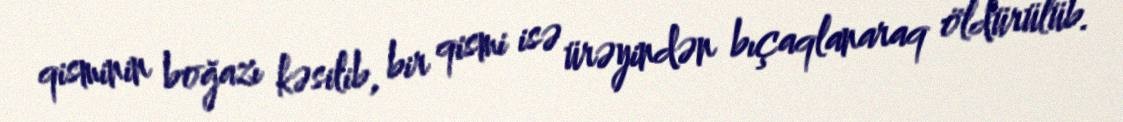
qisminin boğazı kəsilib, bir qismi isə ürəyindən bıçaqlanaraq öldürülüb.